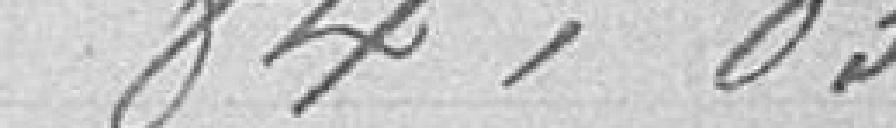
84,03